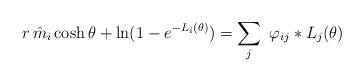
LaTeX: \begin{align*}r\,\hat{m}_{i}\cosh \theta +\ln (1-e^{-L_{i}(\theta)})=\sum\limits_{j}\,\,\varphi _{ij}\ast L_{j}(\theta ) \end{align*}